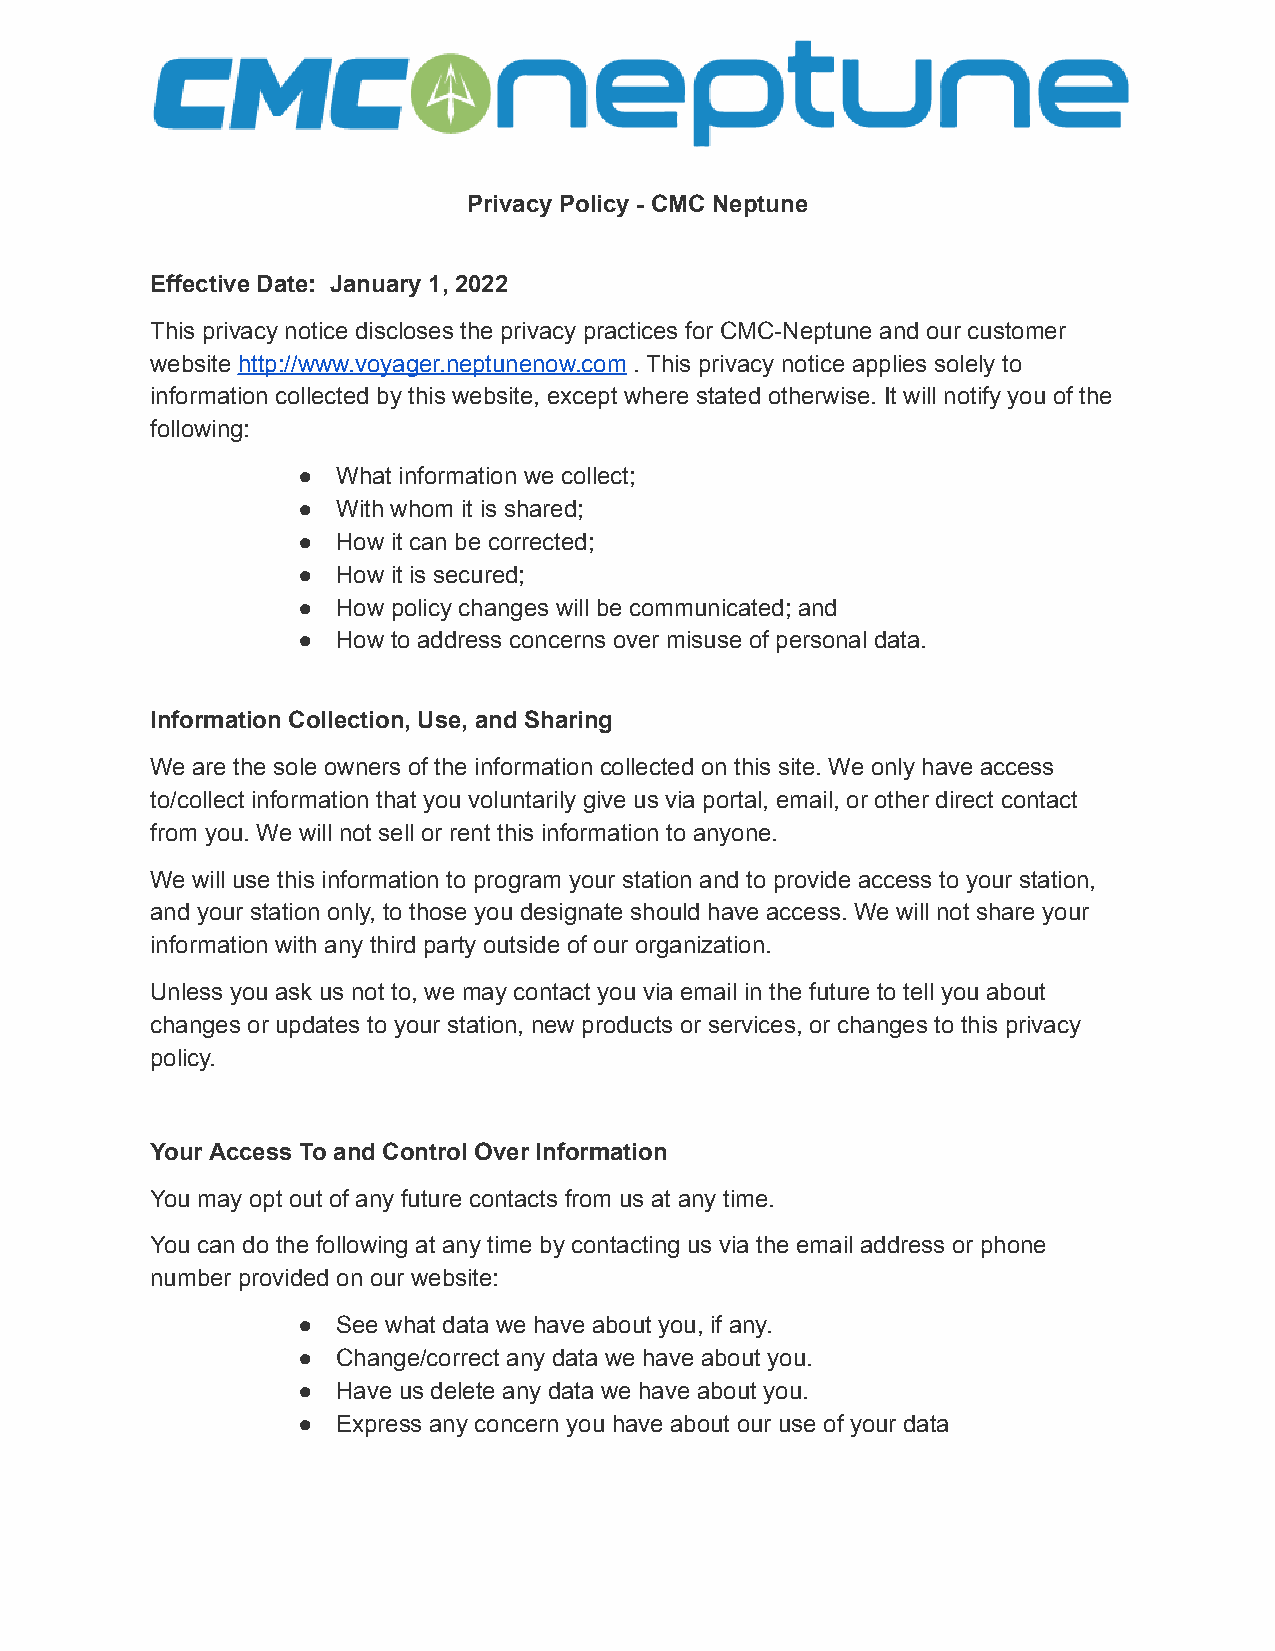
Privacy Policy - CMC Neptune
 Effective Date: January 1, 2022
 This privacy notice discloses the privacy practices for CMC-Neptune and our customer
 website http://www.voyager.neptunenow.com . This privacy notice applies solely to
 information collected by this website, except where stated otherwise. It will notify you of the
 following:
 ● What information we collect;
 ● With whom it is shared;
 ● How it can be corrected;
 ● How it is secured;
 ● How policy changes will be communicated; and
 ● How to address concerns over misuse of personal data.
 Information Collection, Use, and Sharing
 We are the sole owners of the information collected on this site. We only have access
 to/collect information that you voluntarily give us via portal, email, or other direct contact
 from you. We will not sell or rent this information to anyone.
 We will use this information to program your station and to provide access to your station,
 and your station only, to those you designate should have access. We will not share your
 information with any third party outside of our organization.
 Unless you ask us not to, we may contact you via email in the future to tell you about
 changes or updates to your station, new products or services, or changes to this privacy
 policy.
 Your Access To and Control Over Information
 You may opt out of any future contacts from us at any time.
 You can do the following at any time by contacting us via the email address or phone
 number provided on our website:
 ● See what data we have about you, if any.
 ● Change/correct any data we have about you.
 ● Have us delete any data we have about you.
 ● Express any concern you have about our use of your data